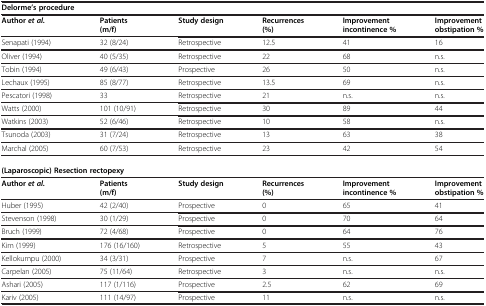
<table><thead><tr><td colspan="6"><b>Delorme’s procedure</b></td></tr></thead><tbody><tr><td><b>Author</b><b><i>et al.</i></b></td><td><b>Patients (m/f)</b></td><td><b>Study design</b></td><td><b>Recurrences (%)</b></td><td><b>Improvement incontinence %</b></td><td><b>Improvement obstipation %</b></td></tr><tr><td>Senapati (1994)</td><td>32 (8/24)</td><td>Retrospective</td><td>12.5</td><td>41</td><td>16</td></tr><tr><td>Oliver (1994)</td><td>40 (5/35)</td><td>Retrospective</td><td>22</td><td>68</td><td>n.s.</td></tr><tr><td>Tobin (1994)</td><td>49 (6/43)</td><td>Prospective</td><td>26</td><td>50</td><td>n.s.</td></tr><tr><td>Lechaux (1995)</td><td>85 (8/77)</td><td>Retrospective</td><td>13.5</td><td>69</td><td>n.s.</td></tr><tr><td>Pescatori (1998)</td><td>33</td><td>Retrospective</td><td>21</td><td>n.s.</td><td>n.s.</td></tr><tr><td>Watts (2000)</td><td>101 (10/91)</td><td>Retrospective</td><td>30</td><td>89</td><td>44</td></tr><tr><td>Watkins (2003)</td><td>52 (6/46)</td><td>Retrospective</td><td>10</td><td>58</td><td>n.s.</td></tr><tr><td>Tsunoda (2003)</td><td>31 (7/24)</td><td>Retrospective</td><td>13</td><td>63</td><td>38</td></tr><tr><td>Marchal (2005)</td><td>60 (7/53)</td><td>Retrospective</td><td>23</td><td>42</td><td>54</td></tr><tr><td colspan="6"><b>(Laparoscopic) Resection rectopexy</b></td></tr><tr><td><b>Author</b><b><i>et al.</i></b></td><td><b>Patients (m/f)</b></td><td><b>Study design</b></td><td><b>Recurrences (%)</b></td><td><b>Improvement incontinence %</b></td><td><b>Improvement obstipation %</b></td></tr><tr><td>Huber (1995)</td><td>42 (2/40)</td><td>Prospective</td><td>0</td><td>65</td><td>41</td></tr><tr><td>Stevenson (1998)</td><td>30 (1/29)</td><td>Prospective</td><td>0</td><td>70</td><td>64</td></tr><tr><td>Bruch (1999)</td><td>72 (4/68)</td><td>Prospective</td><td>0</td><td>64</td><td>76</td></tr><tr><td>Kim (1999)</td><td>176 (16/160)</td><td>Retrospective</td><td>5</td><td>55</td><td>43</td></tr><tr><td>Kellokumpu (2000)</td><td>34 (3/31)</td><td>Prospective</td><td>7</td><td>n.s.</td><td>67</td></tr><tr><td>Carpelan (2005)</td><td>75 (11/64)</td><td>Retrospective</td><td>3</td><td>n.s.</td><td>n.s.</td></tr><tr><td>Ashari (2005)</td><td>117 (1/116)</td><td>Prospective</td><td>2.5</td><td>62</td><td>69</td></tr><tr><td>Kariv (2005)</td><td>111 (14/97)</td><td>Prospective</td><td>11</td><td>n.s.</td><td>n.s.</td></tr></tbody></table>